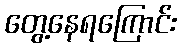
တွေ့နေရကြောင်း